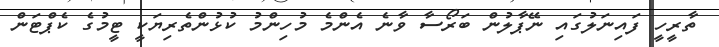
ތާރީހީ ފައިނަލުގައި ނޭޕާލުން ބަރޯސާ ވާނެ އެންމެ މުހިންމު ކުޅުންތެރިޔަކީ ޓީމުގެ ކެޕްޓަން